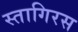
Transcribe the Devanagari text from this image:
स्तागिरस